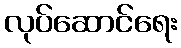
လုပ်ဆောင်ရေး